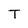
Character: T